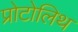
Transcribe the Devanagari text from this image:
प्रोटोलिथ